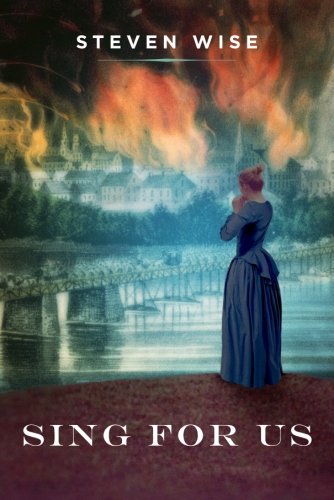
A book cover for Sing for Us; Steven Wise; Literature & Fiction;